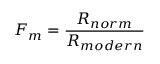
F _ { m } = { \frac { R _ { n o r m } } { R _ { m o d e r n } } }